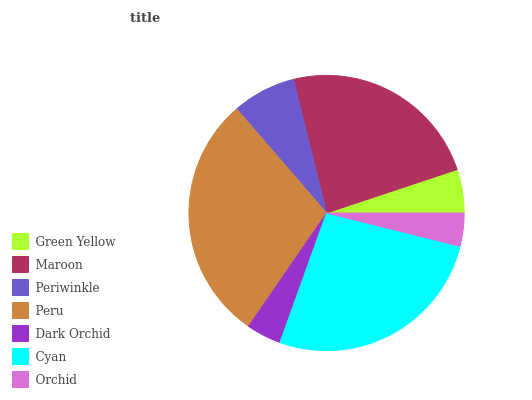
| Green Yellow | Maroon | Periwinkle | Peru | Dark Orchid | Cyan | Orchid |
 | --- | --- | --- | --- | --- | --- | --- |
 | 5.11% | 23.7% | 7.48% | 29.1% | 4.11% | 26.6% | 3.88% |